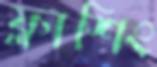
ফ্লাশিং